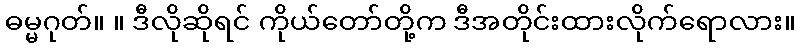
ဓမ္မဂုတ်။ ။ ဒီလိုဆိုရင် ကိုယ်တော်တို့က ဒီအတိုင်းထားလိုက်ရောလား။